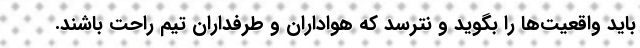
باید واقعیت‌ها را بگوید و نترسد که هواداران و طرفداران تیم راحت باشند.